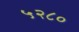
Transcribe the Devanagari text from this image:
५२८०